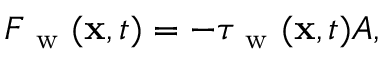
F _ { \mathrm { ~ w ~ } } ( \mathbf { x } , t ) = - \tau _ { \mathrm { ~ w ~ } } ( \mathbf { x } , t ) A ,